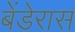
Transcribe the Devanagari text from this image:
बेंडेरास